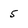
Character: 5